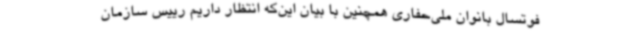
فوتسال بانوان ملی‌حفاری همچنین با بیان این‌که انتظار داریم رییس سازمان